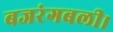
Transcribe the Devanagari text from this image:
बजरंगबली।